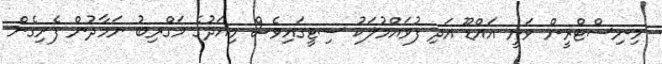
މިނިސްޓްރީން ވަނީ އައްޑޫ އަދި ފުވައްމުލަކު ސިޓީގައިވެސް މިއަދުގެ މަގްރިބު ނަމާދުން ފެށިގެން